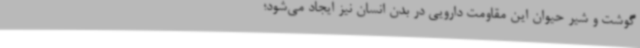
گوشت و شیر حیوان این مقاومت دارویی در بدن انسان نیز ایجاد می‌شود؛